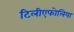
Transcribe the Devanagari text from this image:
टिलीएफोलिया